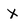
Character: X